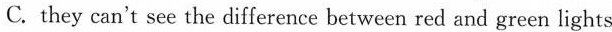
C.they can't see the difference between red and green lights